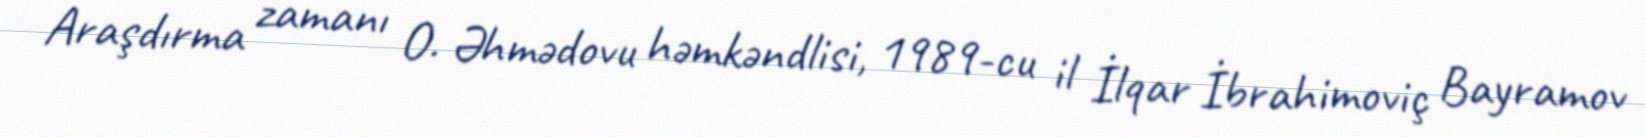
Araşdırma zamanı O. Əhmədovu həmkəndlisi, 1989-cu il İlqar İbrahimoviç Bayramov